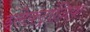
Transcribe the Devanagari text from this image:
इलेक्ट्रांनिक